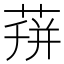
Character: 𦴏